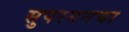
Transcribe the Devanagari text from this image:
सुपरगनचा